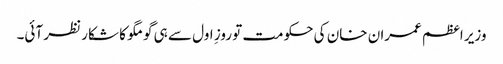
وزیر اعظم عمران خان کی حکومت تو روزِ اول سے ہی گومگو کا شکار نظر آئی۔